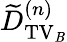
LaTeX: \widetilde{D}_{\mathrm{TV_{\mathit B}}}^{(n)}